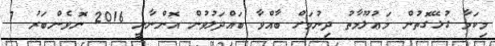
މިކަމާ ގުޅޭގޮތުން މަޢުލޫމާތު ދިނުމަށް ބާއްވާ ބައްދަލުވުން އޮންނާނީ 2016 ނޮވެންބަރު 7